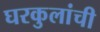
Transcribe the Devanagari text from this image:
घरकुलांची